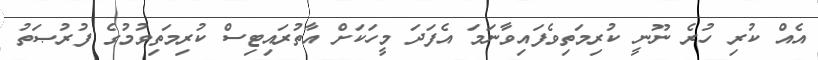
އެއް ކުރި ހުރެ ނޫނީ ކުރިމަތިވެފައިވާނަމަ އެފަދަ މީހަކަށް އާތުރައިޓިސް ކުރިމަތިވުމުގެ ފުރުޞަތު